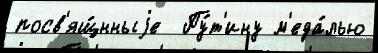
посв'ящ́нныjе  Пу́т'ину м'еда́лью